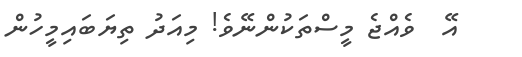
އޭ  ވެއްޖެ މީސްތަކުންނޭވެ! މިއަދު ތިޔަބައިމީހުން